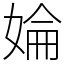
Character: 婨